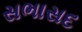
સભાસદ